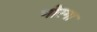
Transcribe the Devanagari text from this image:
गोरगा